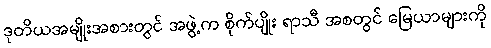
ဒုတိယအမျိုးအစားတွင် အဖွဲ့က စိုက်ပျိုး ရာသီ အစတွင် မြေယာများကို